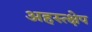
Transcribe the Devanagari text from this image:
अहस्त्क्षेप